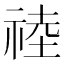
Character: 𥚊